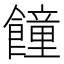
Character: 䭚